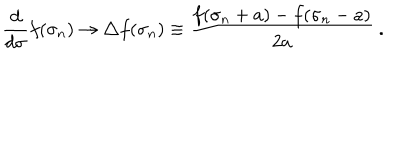
\frac { d } { d \sigma } f ( \sigma _ { n } ) \to \triangle f ( \sigma _ { n } ) \equiv \frac { f ( \sigma _ { n } + a ) - f ( \sigma _ { n } - a ) } { 2 a } ~ .